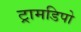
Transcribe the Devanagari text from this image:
ट्रामडिपो